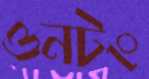
ওনটং